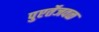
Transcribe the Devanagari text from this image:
पुएर्तेजवळ